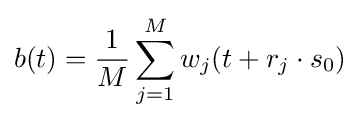
b(t)={\frac {1}{M}}\sum _{j=1}^{M}w_{j}(t+r_{j}\cdot s_{0})